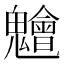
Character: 𮫨